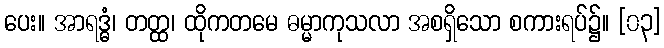
ပေး။ အာရဒ္ဓံ၊ တတ္ထ၊ ထိုကတမေ ဓမ္မာကုသလာ အစရှိသော စကားရပ်၌။ [၀၃]